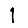
Digit: 1